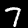
Label: 7